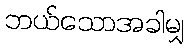
ဘယ်သောအခါမျှ